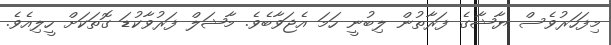
މިފަހަރުވެސް ޔާޝާގެ ފަރާތުން ލިބުނީ ހަމަ އެޖަވާބެވެ. މާޝަލް ފަރުވާކުޑަ ގޮތަކަށް ހީލިއެވެ.